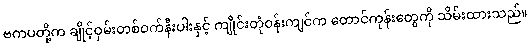
ဗကပတို့က ချိုင့်ဝှမ်းတစ်ဝက်နီးပါးနှင့် ကျိုင်းတုံဝန်းကျင်က တောင်ကုန်းတွေကို သိမ်းထားသည်။